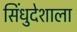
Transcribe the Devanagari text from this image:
सिंधुदेशाला